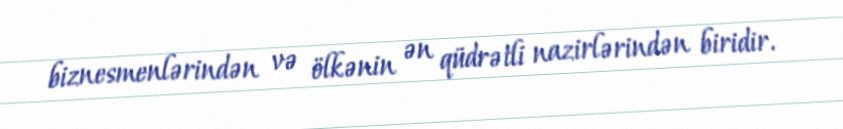
biznesmenlərindən və ölkənin ən qüdrətli nazirlərindən biridir.